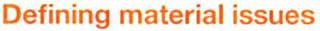
Defining material issues